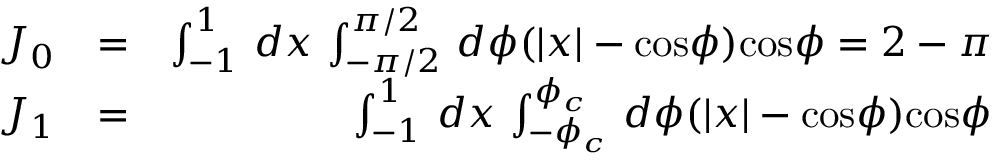
\begin{array} { r l r } { J _ { 0 } } & { = } & { \int _ { - 1 } ^ { 1 } \, d x \, \int _ { - \pi / 2 } ^ { \pi / 2 } \, d \phi ( | x | - \mathrm { c o s } \phi ) \mathrm { c o s } \phi = 2 - \pi } \\ { J _ { 1 } } & { = } & { \int _ { - 1 } ^ { 1 } \, d x \, \int _ { - \phi _ { c } } ^ { \phi _ { c } } \, d \phi ( | x | - \mathrm { c o s } \phi ) \mathrm { c o s } \phi } \end{array}